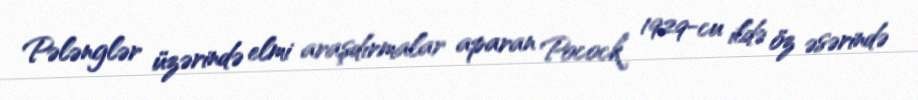
Pələnglər üzərində elmi araşdırmalar aparan Pocock 1929-cu ildə öz əsərində